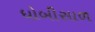
ધોબીસાળ